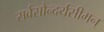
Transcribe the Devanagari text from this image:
सर्वसौन्दर्यसीमन्